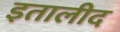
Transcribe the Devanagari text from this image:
इतालीद